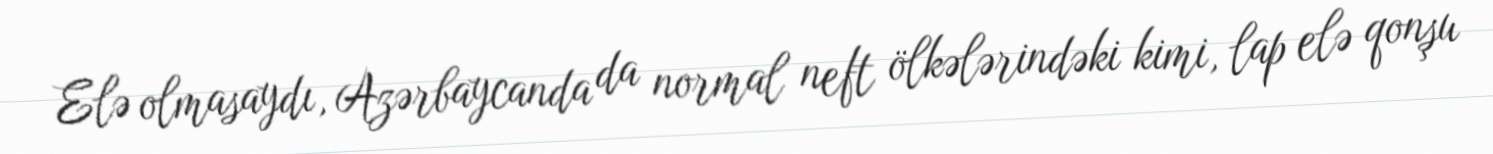
Elə olmasaydı, Azərbaycanda da normal neft ölkələrindəki kimi, lap elə qonşu